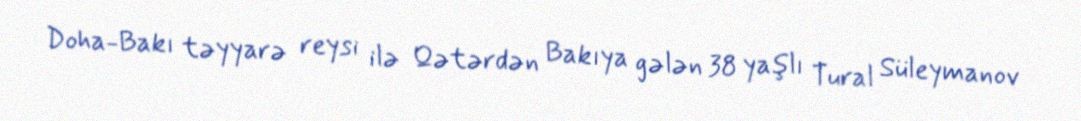
Doha-Bakı təyyarə reysi ilə Qətərdən Bakıya gələn 38 yaşlı Tural Süleymanov